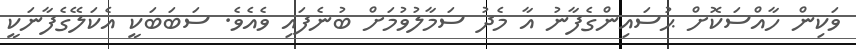
ވަކިން ހާއްސަކޮށް ޙުސައިންގެފާނު އާ މެދު ސަމާލުވުމަށް ބުނެފައި ވެއެވެ. ސަބަބަކީ އެކަލޭގެފާނަކީ